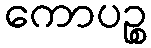
ကောပဉ္စ